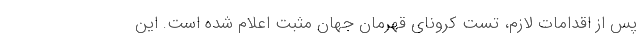
پس از اقدامات لازم، تست کرونای قهرمان جهان مثبت اعلام شده است. این